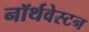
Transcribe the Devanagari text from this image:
नॉर्थवेस्टन